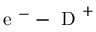
\mathrm { ~ e ~ } ^ { - } - \mathrm { ~ D ~ } ^ { + }